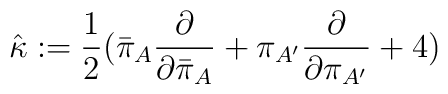
{\hat \kappa}:={1 \over 2}{({\bar \pi}_{A}{\partial \over \partial {\bar \pi}_{A}}+\pi_{A^\prime}{\partial \over \partial \pi_{A^\prime}}+4)}